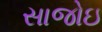
સાજોઇ